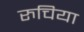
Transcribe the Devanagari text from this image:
रुचिया